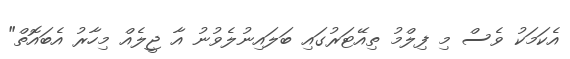
އެކަމަކު ވެސް މި ފިލްމު ތިއޭޓަރުގައި ބަލައިނުލެވުނު އާ ޖީލެއް މިހާރު އެބައޮތް"